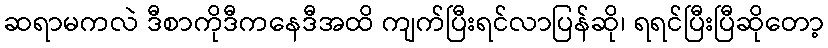
ဆရာမကလဲ ဒီစာကိုဒီကနေဒီအထိ ကျက်ပြီးရင်လာပြန်ဆို၊ ရရင်ပြီးပြီဆိုတော့